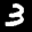
Label: 3